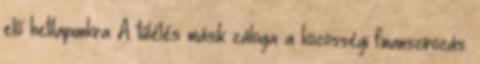
elő hetilapunkra A túlélés másik záloga a közösségi finanszírozás.